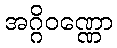
အဂ္ဂိဝဏ္ဏော